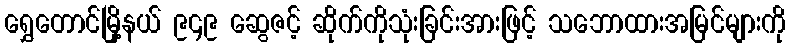
ရွှေတောင်မြို့နယ် ၉၄၉ ဆွေဇင့် ဆိုက်ကိုသုံးခြင်းအားဖြင့် သဘောထားအမြင်များကို